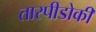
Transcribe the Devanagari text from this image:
तारपीडोकी